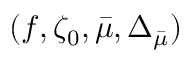
( f , \zeta _ { 0 } , \bar { \mu } , \Delta _ { \bar { \mu } } )